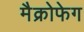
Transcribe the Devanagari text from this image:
मैक्रोफेग